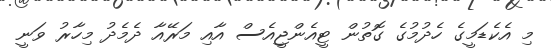
މި އެކެޑަމީގެ ހެދުމުގެ ގޮތުން ޓީއެންޖީއެސް އާއި މަރޭއާ ދެމެދު މިހާރު ވަނީ